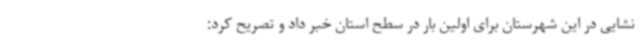
نشایی در این شهرستان برای اولین بار در سطح استان خبر داد و تصریح کرد: